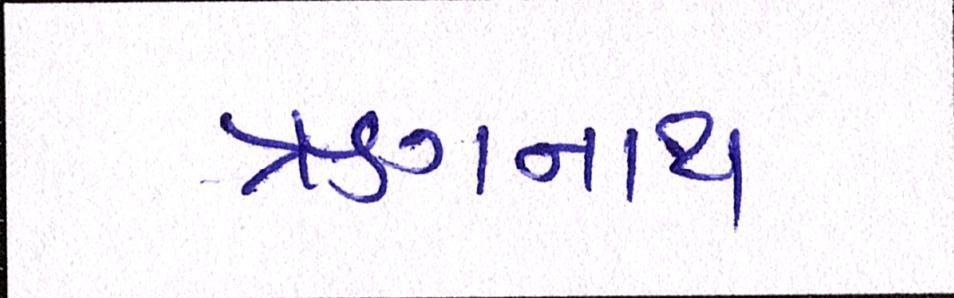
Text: ઋગનાથ